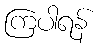
ကြပါရန်